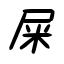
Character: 屎